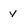
Character: y